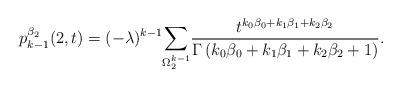
LaTeX: \begin{align*}p^{\beta_2}_{k-1}(2,t)=(-\lambda)^{k-1}\underset{\Omega^{k-1}_{2}}{\sum}\frac{t^{k_0\beta_0+k_1\beta_1+k_2\beta_2}}{\Gamma\left(k_0\beta_0+k_1\beta_1+k_2\beta_2+1\right)}.\end{align*}